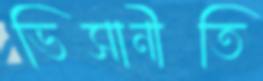
ভিসানীতি